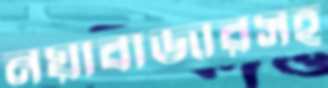
নয়াবাজারসহ